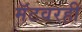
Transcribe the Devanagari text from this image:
मॅटवरही